Plague in India, 1896, 1897 - Volume 1
Year: 1896
Disease focus: Plague
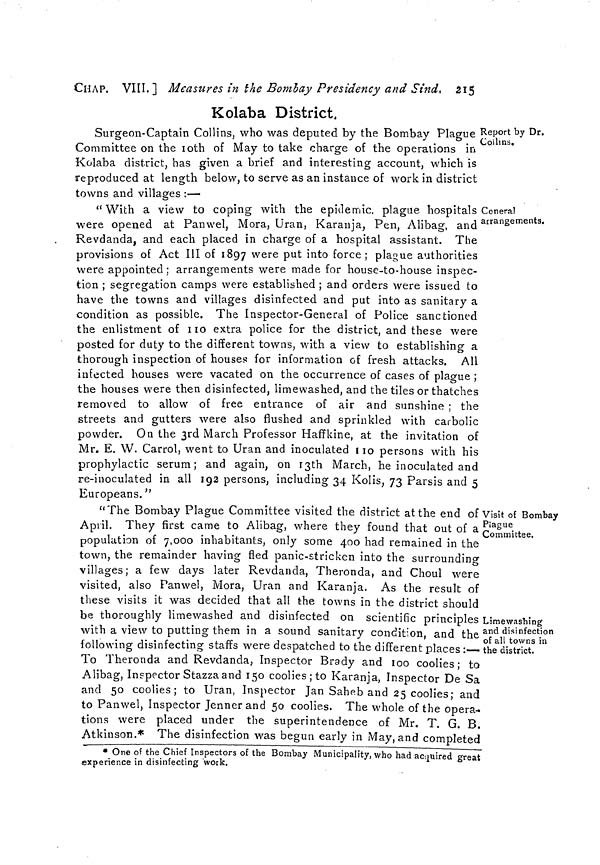
CHAP. VIII.] Measures in the Bombay Presidency and Sind, 215
Report by Dr.
Collins.
Kolaba District,
Surgeon-Captain Collins, who was deputed by the Bombay Plague
Committee on the 10th of May to take charge of the operations in
Kolaba district, has given a brief and interesting account, which is
reproduced at length below, to serve as an instance of work in district
towns and villages :—
General
arrangements.
" With a view to coping with the epidemic, plague hospitals
were opened at Panwel, Mora, Uran, Karanja, Pen, Alibag, and
Revdanda, and each placed in charge of a hospital assistant. The
provisions of Act III of 1897 were put into force ; plague authorities
were appointed ; arrangements were made for house-to-house inspec-
tion ; segregation camps were established ; and orders were issued to
have the towns and villages disinfected and put into as sanitary a
condition as possible. The Inspector-General of Police sanctioned
the enlistment of 110 extra police for the district, and these were
posted for duty to the different towns, with a view to establishing a
thorough inspection of houses for information of fresh attacks. All
infected houses were vacated on the occurrence of cases of plague ;
the houses were then disinfected, limewashed, and the tiles or thatches
removed to allow of free entrance of air and sunshine ; the
streets and gutters were also flushed and sprinkled with carbolic
powder. On the 3rd March Professor Haffkine, at the invitation of
Mr. E. W. Carrol, went to Uran and inoculated 110 persons with his
prophylactic serum ; and again, on I3th March, he inoculated and
re-inoculated in all 192 persons, including 34 Kolis, 73 Parsis and 5
Europeans."
Visit of Bombay
Plague
Committee.
Limewashing
and disinfection
of all towns in
the district.
"The Bombay Plague Committee visited the district at the end of
April. They first came to Alibag, where they found that out of a
population of 7,000 inhabitants, only some 400 had remained in the
town, the remainder having fled panic-stricken into the surrounding-
villages; a few days later Revdanda, Theronda, and Choul were
visited, also Panwel, Mora, Uran and Karanja. As the result of
these visits it was decided that all the towns in the district should
be thoroughly limewashed and disinfected on scientific principles
with a view to putting them in a sound sanitary condition, and the
following disinfecting staffs were despatched to the different places :
To Theronda and Revdanda, Inspector Brady and 100 coolies ; to
Alibag, Inspector Stazza and 150 coolies ; to Karanja, Inspector De Sa
and 50 coolies; to Uran, Inspector Jan Saheb and 25 coolies; and
to Panwel, Inspector Jenner and 50 coolies. The whole of the opera-
tions were placed under the superintendence of Mr. T. G. B.
Atkinson.* The disinfection was begun early in May, and completed
* One of the Chief Inspectors of the Bombay Municipality, who had acquired great
experience in disinfecting
"work.